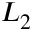
L _ { 2 }